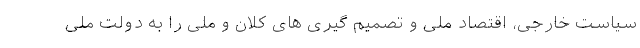
سیاست خارجی، اقتصاد ملی و تصمیم گیری های کلان و ملی را به دولت ملی